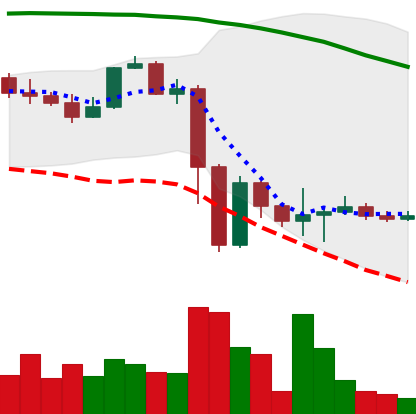
Ticker: NEO-USD
Chart end date: 2022-11-18
Forward return: 5.022%
Label: up_5_7